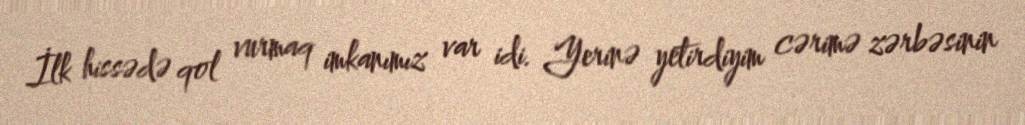
İlk hissədə qol vurmaq imkanımız var idi. Yerinə yetirdiyim cərimə zərbəsinin